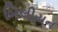
બિલીયન